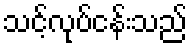
သင့်လုပ်ငန်းသည်